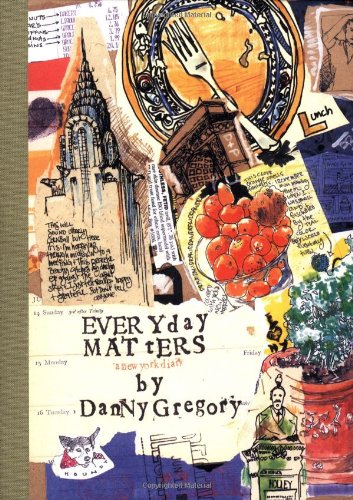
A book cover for Everyday Matters; Danny Gregory; Health, Fitness & Dieting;